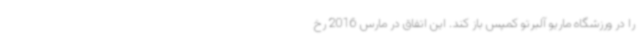
را در ورزشگاه ماریو آلبرتو کمپس باز کند. این اتفاق در مارس 2016 رخ